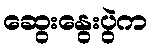
ဆွေးနွေးပွဲက